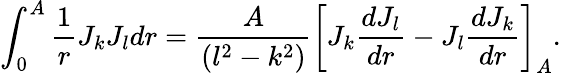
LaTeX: \int_{0}^{A}\frac{1}{r}J_{k}J_{l}dr=\frac{A}{(l^{2}-k^{2})}\bigg[J_{k}\frac{dJ_{l}}{dr}-J_{l}\frac{dJ_{k}}{dr}\bigg]_{A}.